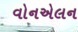
વોનએલન